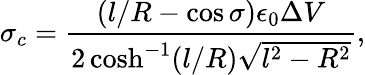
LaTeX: \sigma_{c}=\frac{\left(l/R-\cos\sigma\right)\epsilon_{0}\Delta V}{2\cosh^{-1}(l/R)\sqrt{l^{2}-R^{2}}},